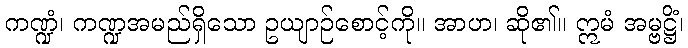
ကဏ္ဍံ၊ ကဏ္ဍအမည်ရှိသော ဥယျာဉ်စောင့်ကို။ အာဟ၊ ဆို၏။ ဣမံ အမ္ဗဋ္ဌိံ၊